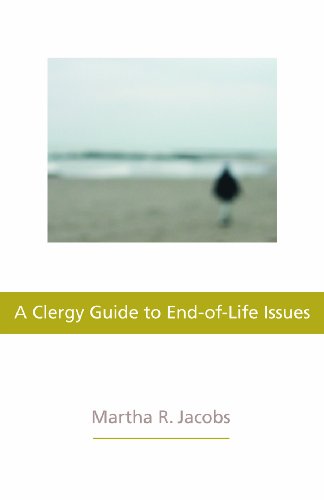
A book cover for Clergy Guide to End-of-Life Issues, A; Martha R. Jacobs; Christian Books & Bibles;